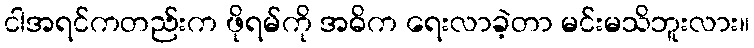
ငါအရင်ကတည်းက ဖိုရမ်ကို အဓိက ရေးလာခဲ့တာ မင်းမသိဘူးလား။